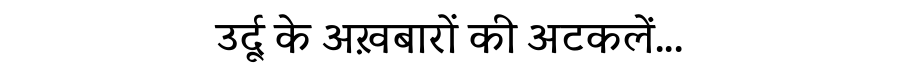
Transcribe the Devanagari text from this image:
उर्दू के अख़बारों की अटकलें...